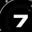
Digit: 7